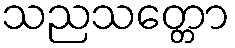
သညသတ္တော